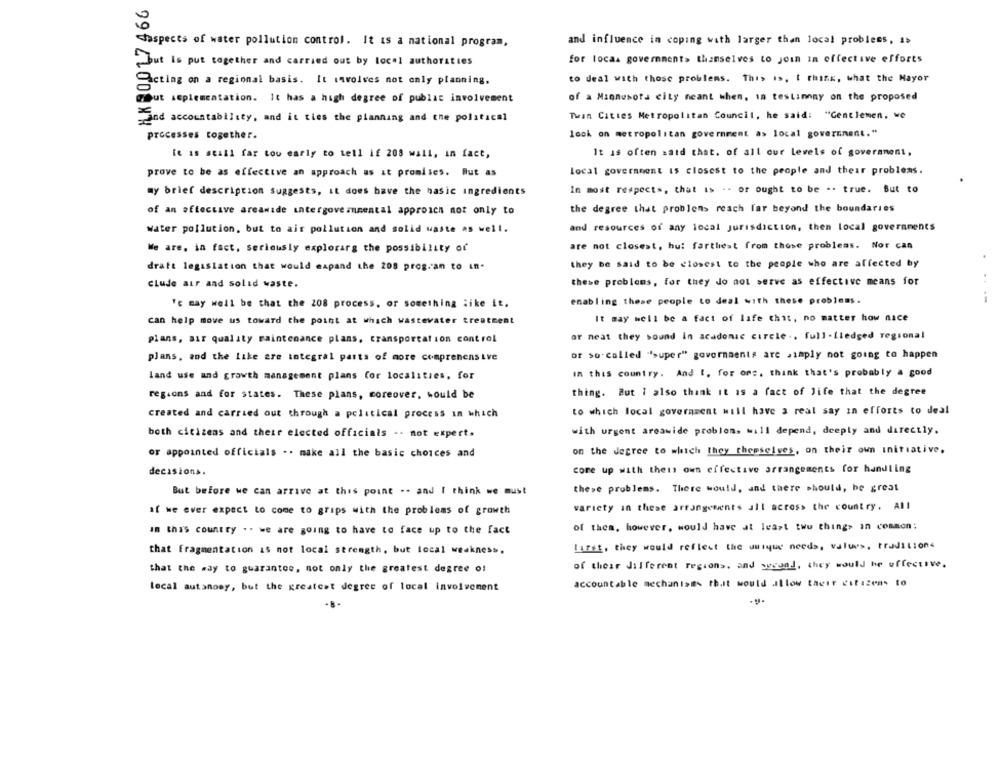
aspects of water pollution control. It is a national program,
and influence in coping with larger than local problems, i>
but is put together and carried out by local authorities
for locas government» themselves to join in effective efforts
acting on a regional basis. It involves not only planning.
to deal with those problems. This is, t think, what the Mayor
Tout seplementation. It has a high degree of public involvement
of a Minnesota city neant when, in testimony on the proposed
Twin Cities Metropolitan Council, he said: "Gentlemen, we
and accountability, and it ties the planning and the political
processes together.
look on metropolitan government as local government."
It is often said that. of all our levels of government,
It is seall far too early to tell If 208 wall, in fact,
prove to be as effective an approach as it promises. But as
local government is closest to the people and their problems.
my brief description Suggests, it does have the basic ingredients
In most respects, that is - - or ought to be -. true. But to
of an effective areamide intergovernmental approich not only to
the degree that problems reach far beyond the boundaries
Water pollution, but to air pollution and solid waste as well.
and resources of any local jurisdiction, then local governments
We are. in fact, seriously explorarg the possibility of
are not closest, hui farthest from those problems. Nor can
dratt legislation that would expand the 208 prog. an to in.
they be said to be closest to the people who are affected by
these problems, for they do not serve as effective means for
clude air and solid waste.
Fc may well be that the 208 process, or something like it.
enabling these people to deal with these problems.
It may well be a fact of lafe thit, no matter how nice
can help move us toward the point at which wastevater treatment
or neat they sound In acadonic circle .. full -fledged regional
plans, air quality maintenance plans, transportation control
plans, and the Like are integral parts of more comprehensive
or so-called "super" governaents are simply not going to happen
In this country. And I, for one, think that's probably a good
land use and growth management plans for localities, for
regions and for states. These plans, moreover, would be
thing. But i also think it is a fact of life that the degree
to which local government will have a real say in efforts to deal
created and carried out through a political process in which
both citizens and their elected officials .. not expert.
with urgent areawide problem, will depend, deeply and directly.
or appointed officials .. make all the basic choices and
on the degree to which they themselves, on their own initiative.
decisions.
come up with their own effective arrangements for handling
these problems. There would, and there should, be great
But before we can arrive at this point .. and I think we must
if we ever expect to come to grips with the problems of growth
variety in these arrangements all across the country. All
In this country .. we are going to have to face up to the fact
of them. however, would have at least two things in common:
Larst, they would reflect the unique needs, values, traditions
that fragmentation is not local strength, but local weakness.
that the way to guarantee, not only the greatest degree of
of their Jilferent regions, and weund, they would be effective.
local autanosy, but the greatest degree of local involvement
accountable mechanism> that would allow their citizens to